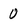
Character: 0